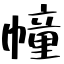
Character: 幢